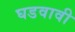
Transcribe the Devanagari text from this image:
घडवावी